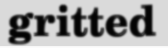
gritted